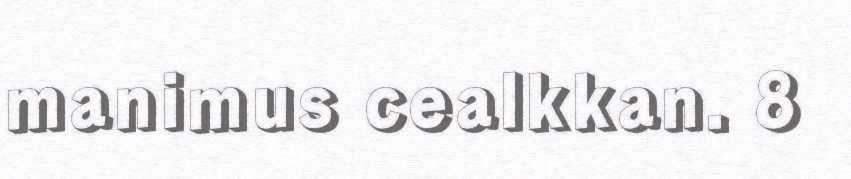
manimus cealkkan. 8